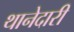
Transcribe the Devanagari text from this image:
थानेदारी